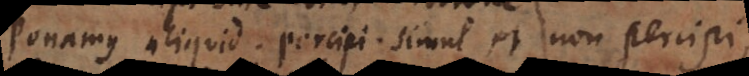
Ponamus aliquid percipi simul et non percipi,